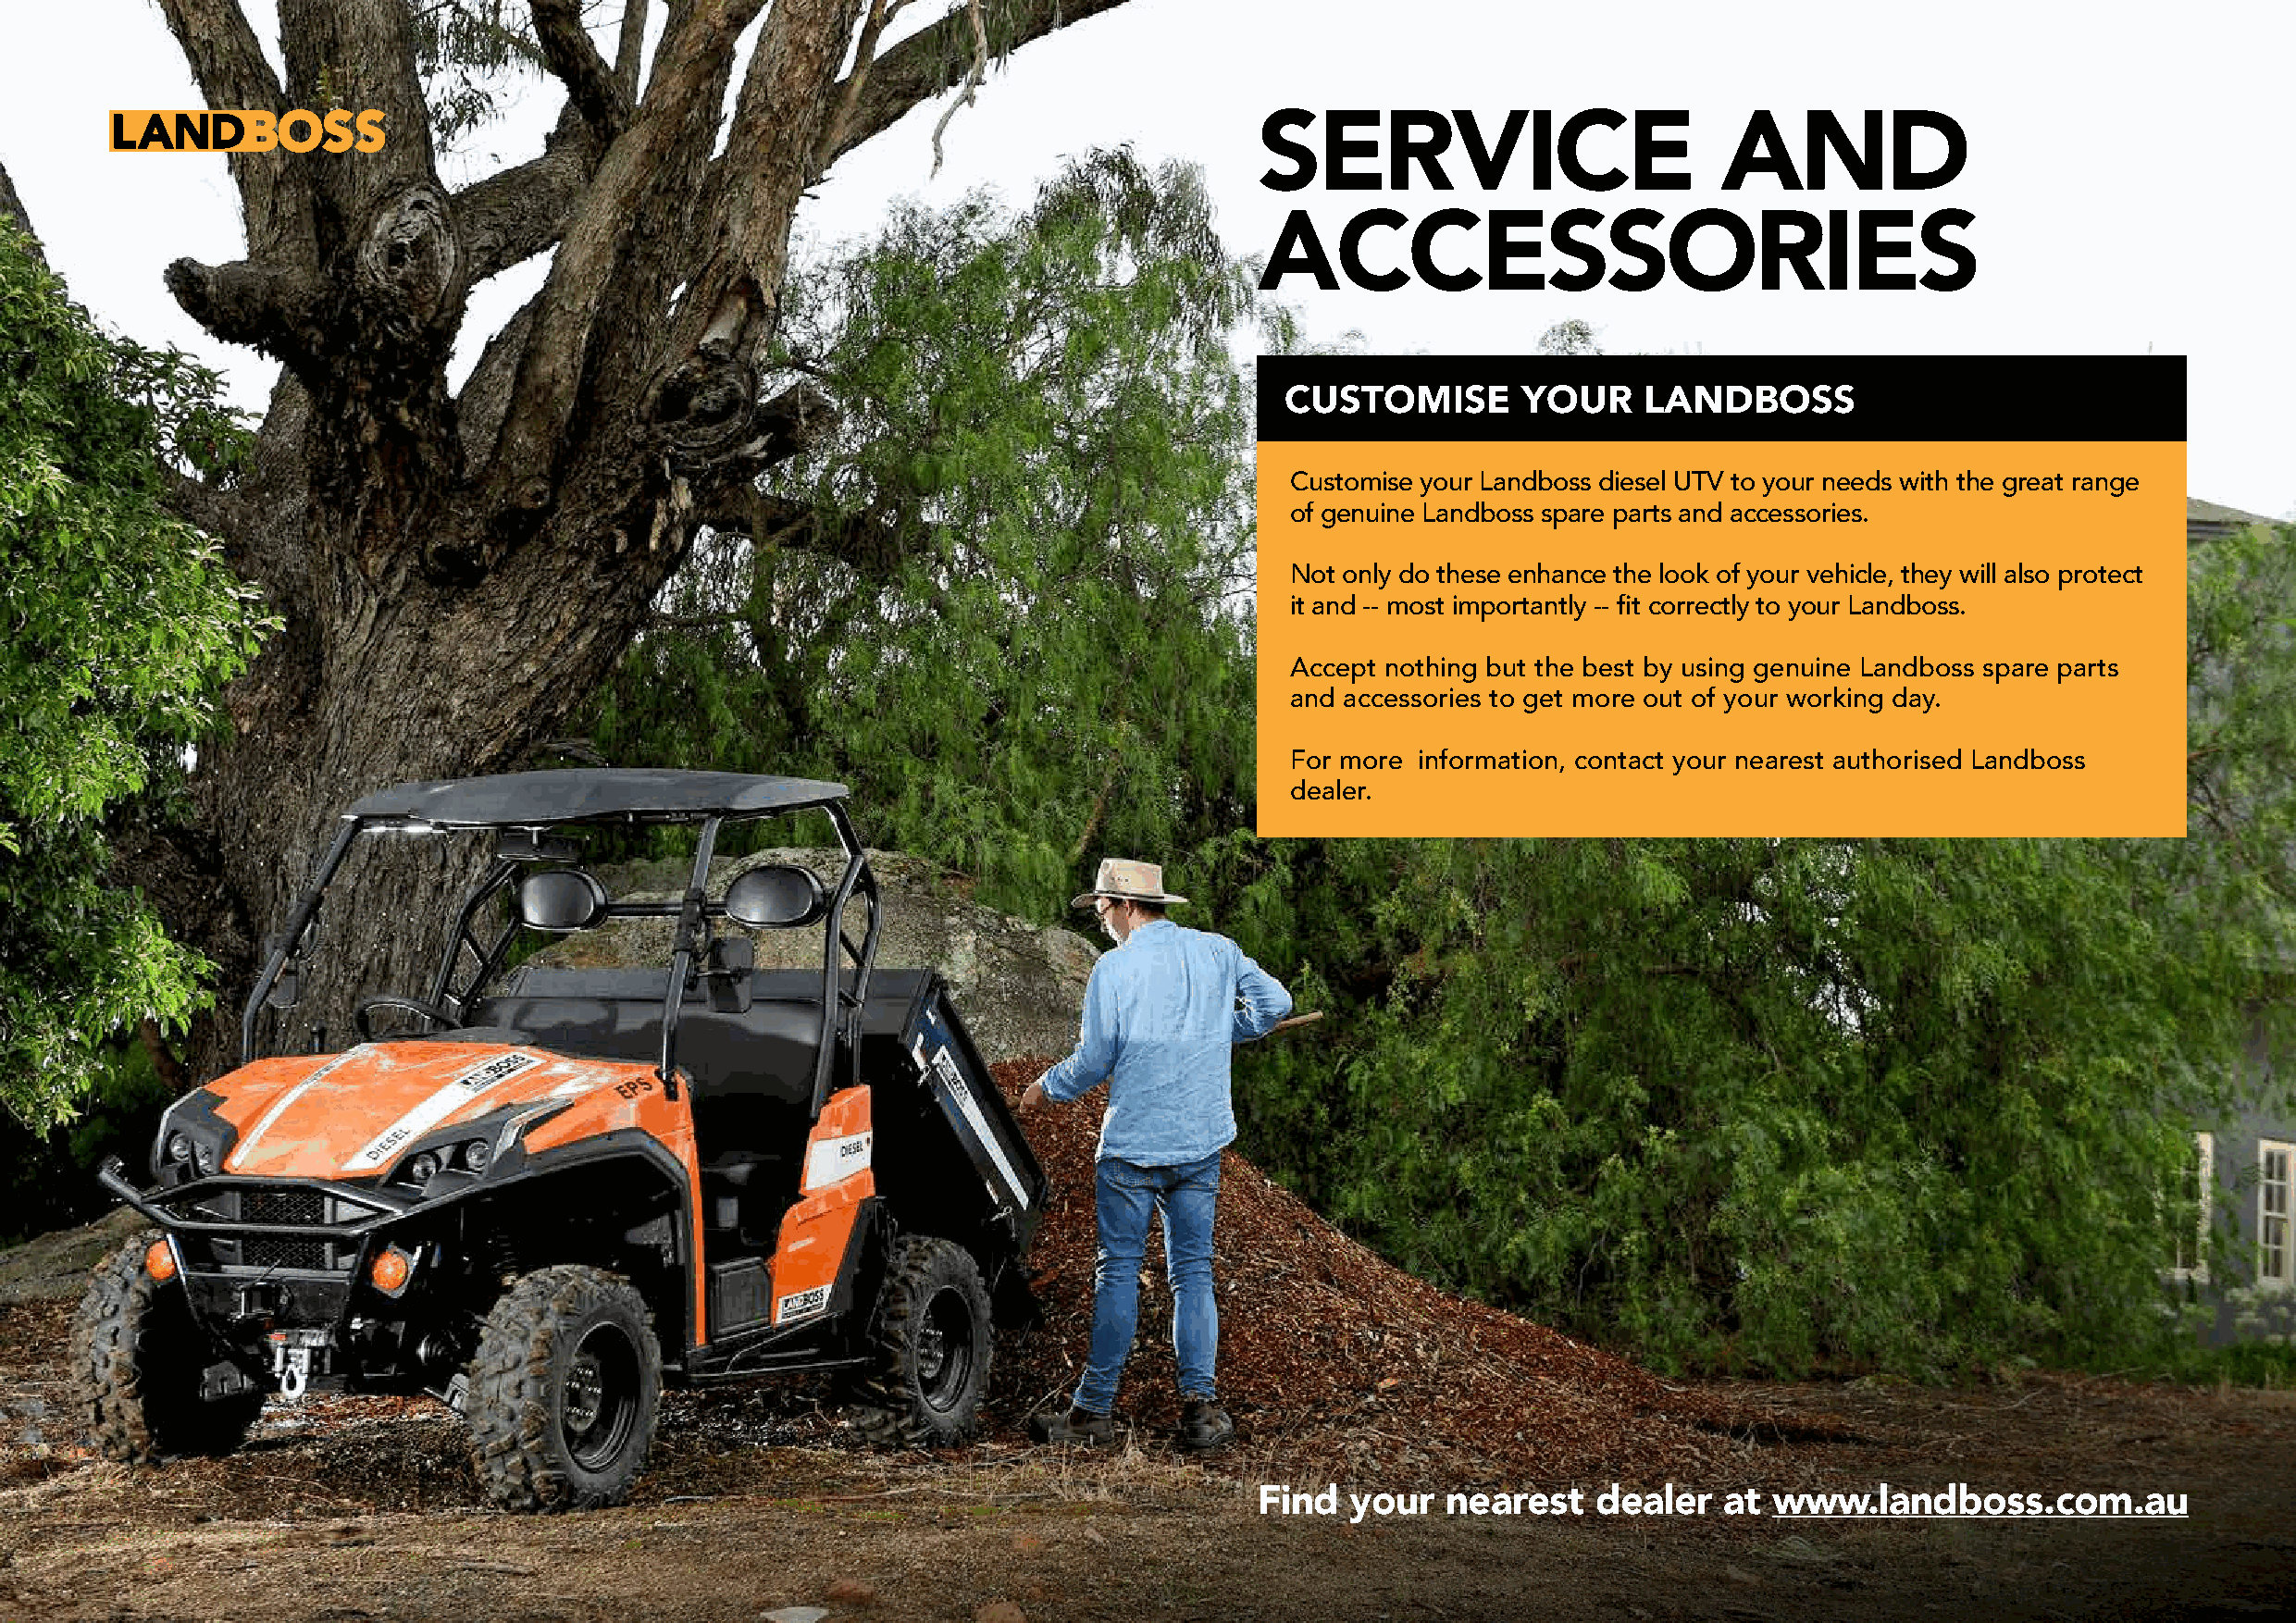
SERVICE                          AND
 ACCESSORIES
 CUSTOMISE        YOUR     LANDBOSS
 Customise your Landboss diesel UTV to your needs with the great range
 of genuine Landboss spare parts and accessories.
 Not only do these enhance the look of your vehicle, they will also protect
 it and -- most importantly -- fit correctly to your Landboss.
 Accept nothing but the best by using genuine Landboss spare parts
 and accessories to get more out of your working day.
 For more information, contact your nearest authorised Landboss
 dealer.
 Find   your  nearest    dealer   at  www.landboss.com.au